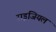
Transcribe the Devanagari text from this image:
राइजियल